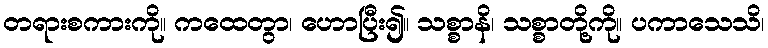
တရားစကားကို။ ကထေတွာ၊ ဟောပြီး၍။ သစ္စာနိ၊ သစ္စာတို့ကို။ ပကာသေသိ၊